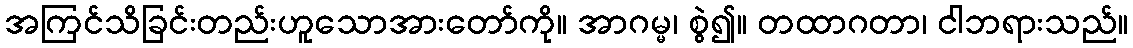
အကြင်သိခြင်းတည်းဟူသောအားတော်ကို။ အာဂမ္မ၊ စွဲ၍။ တထာဂတာ၊ ငါဘရားသည်။